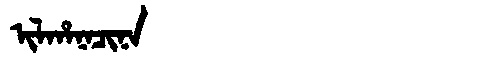
Manchu: ᡳᠯᡥᠠᠨᠠᠴᡳᠨᠠ
Romanization: ILHANACINA